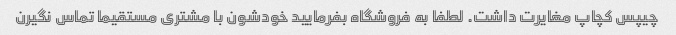
چیپس کچاپ مغایرت داشت. لطفا به فروشگاه بفرمایید خودشون با مشتری مستقیما تماس نگیرن